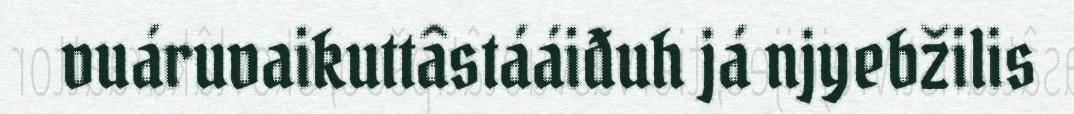
vuáruvaikuttâstááiđuh já njyebžilis